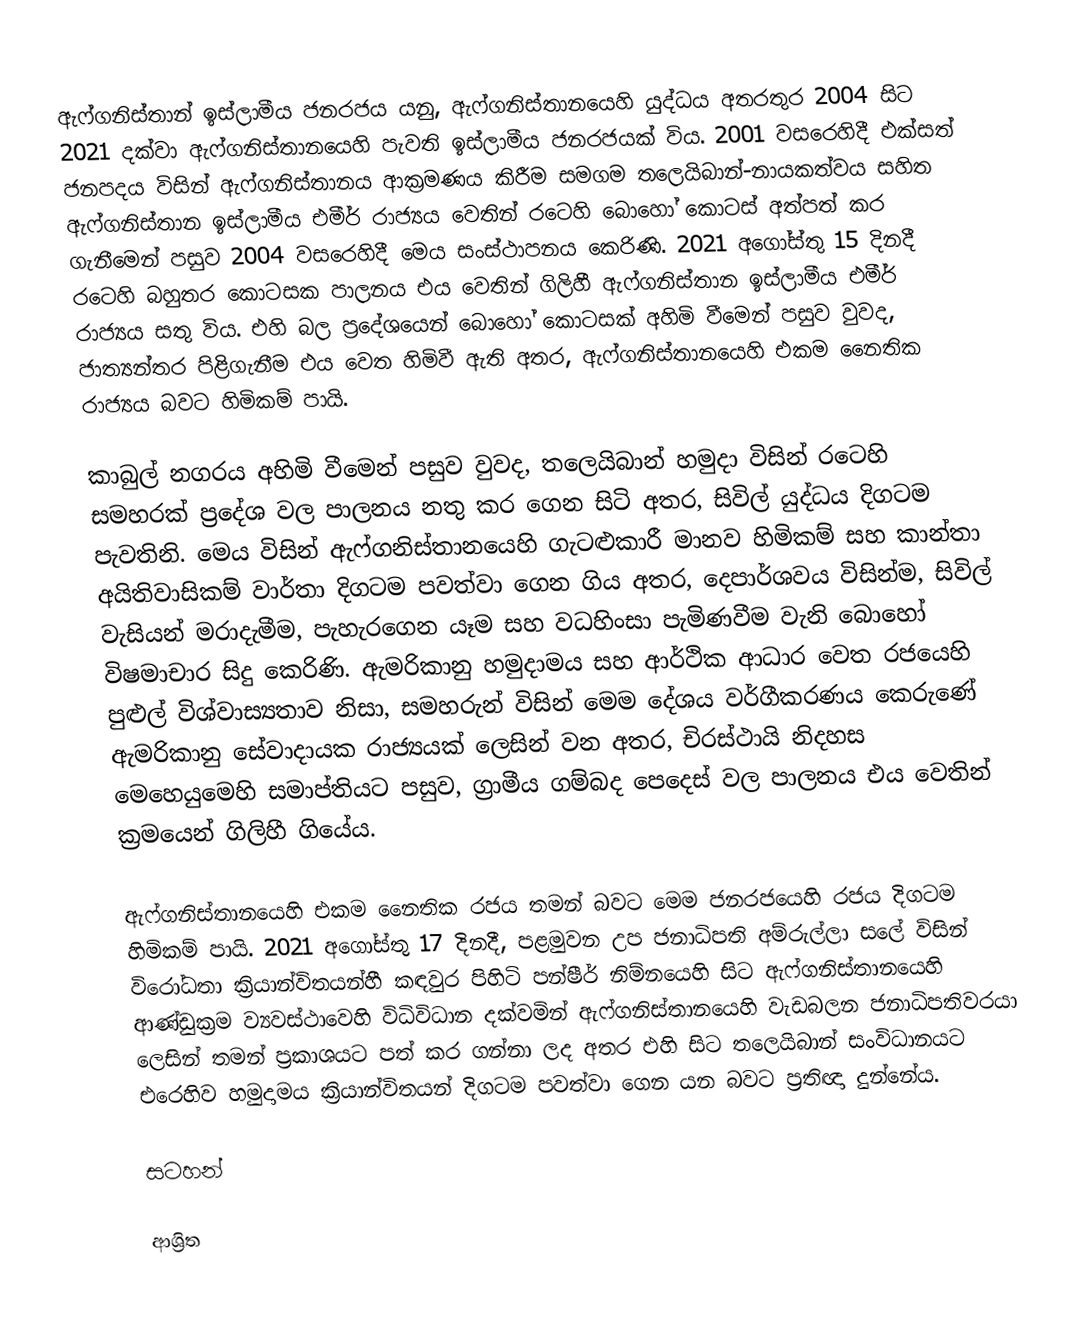
ඇෆ්ගනිස්තාන් ඉස්ලාමීය ජනරජය යනු, ඇෆ්ගනිස්තානයෙහි යුද්ධය අතරතුර 2004  සිට 2021 දක්වා ඇෆ්ගනිස්තානයෙහි පැවති ඉස්ලාමීය ජනරජයක් විය. 2001 වසරෙහිදී  එක්සත් ජනපදය විසින් ඇෆ්ගනිස්තානය ආක්‍රමණය කිරීම සමගම  තලෙයිබාන්-නායකත්වය සහිත ඇෆ්ගනිස්තාන ඉස්ලාමීය එමීර් රාජ්‍යය වෙතින් රටෙහි බොහෝ කොටස් අත්පත් කර ගැනීමෙන් පසුව 2004 වසරෙහිදී මෙය සංස්ථාපනය කෙරිණි.  2021 අගෝස්තු 15 දිනදී රටෙහි බහුතර කොටසක පාලනය එය වෙතින් ගිලිහී ඇෆ්ගනිස්තාන ඉස්ලාමීය එමීර් රාජ්‍යය සතු විය. එහි බල ප්‍රදේශයෙන් බොහෝ කොටසක් අහිමි වීමෙන් පසුව වුවද, ජාත්‍යන්තර පිළිගැනීම එය වෙත හිමිවී ඇති අතර, ඇෆ්ගනිස්තානයෙහි එකම නෛතික රාජ්‍යය බවට හිමිකම් පායි.

කාබුල් නගරය අහිමි වීමෙන් පසුව වුවද, තලෙයිබාන් හමුදා විසින් රටෙහි සමහරක් ප්‍රදේශ වල පාලනය නතු කර ගෙන සිටි අතර, සිවිල් යුද්ධය දිගටම පැවතිනි. මෙය විසින් ඇෆ්ගනිස්තානයෙහි ගැටළුකාරී  මානව හිමිකම් සහ කාන්තා අයිතිවාසිකම් වාර්තා දිගටම පවත්වා ගෙන ගිය අතර, දෙපාර්ශවය විසින්ම, සිවිල් වැසියන් මරාදැමීම, පැහැරගෙන යෑම සහ වධහිංසා පැමිණවීම වැනි බොහෝ විෂමාචාර සිදු කෙරිණි. ඇමරිකානු හමුදාමය සහ ආර්ථික ආධාර වෙත රජයෙහි පුළුල් විශ්වාස්‍යතාව නිසා, සමහරුන් විසින් මෙම දේශය වර්ගීකරණය කෙරුණේ ඇමරිකානු  සේවාදායක රාජ්‍යයක්  ලෙසින් වන අතර,  චිරස්ථායි නිදහස මෙහෙයුමෙහි සමාප්තියට පසුව, ග්‍රාමීය ගම්බද පෙදෙස් වල පාලනය එය වෙතින් ක්‍රමයෙන් ගිලිහී ගියේය.

ඇෆ්ගනිස්තානයෙහි එකම නෛතික රජය තමන් බවට මෙම ජනරජයෙහි රජය දිගටම හිමිකම් පායි. 2021 අගෝස්තු 17 දිනදී, පළමුවන උප ජනාධිපති අම්රුල්ලා සලේ විසින් විරෝධතා ක්‍රියාන්විතයන්හී කඳවුර පිහිටි පන්ෂීර් නිම්නයෙහි සිට   ඇෆ්ගනිස්තානයෙහි ආණ්ඩුක්‍රම ව්‍යවස්ථාවෙහි විධිවිධාන දක්වමින් ඇෆ්ගනිස්තානයෙහි වැඩබලන ජනාධිපතිවරයා ලෙසින් තමන් ප්‍රකාශයට පත් කර ගන්නා ලද අතර එහි සිට තලෙයිබාන් සංවිධානයට එරෙහිව හමුදාමය ක්‍රියාන්විතයන් දිගටම පවත්වා ගෙන යන බවට ප්‍රතිඥා දුන්නේය.

සටහන්

ආශ්‍රිත